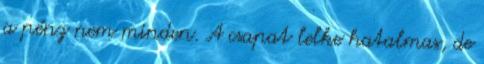
a pénz nem minden. A csapat lelke hatalmas, de